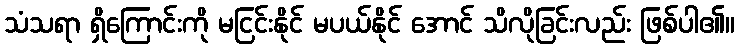
သံသရာ ရှိကြောင်းကို မငြင်းနိုင် မပယ်နိုင် အောင် သိလိုခြင်းလည်း ဖြစ်ပါ၏။